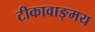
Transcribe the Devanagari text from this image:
टीकावाङ्मय